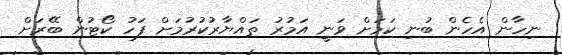
ނިހާން އެހެން ބުނި ކަމަށް ވަނީ އަމުރު ތައްޔާރުކުރުމަށް ފަހު ކޯޓުން ބޭރަށް